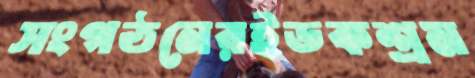
সংগঠনেরইডকশ্রম